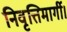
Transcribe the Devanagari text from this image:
निवृत्तिमार्गी।